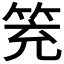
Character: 𥬱